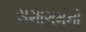
સમાગમનો